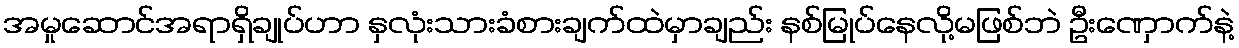
အမှုဆောင်အရာရှိချုပ်ဟာ နှလုံးသားခံစားချက်ထဲမှာချည်း နစ်မြုပ်နေလို့မဖြစ်ဘဲ ဦးဏှောက်နဲ့